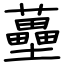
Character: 蘲